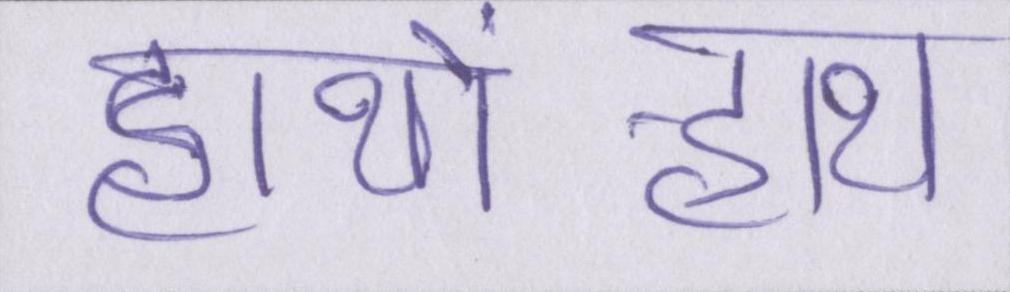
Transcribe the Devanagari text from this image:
हाथों-हाथ